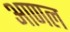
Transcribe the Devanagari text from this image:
आणल